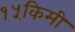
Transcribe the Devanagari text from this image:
१५किमी